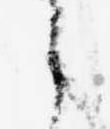
之